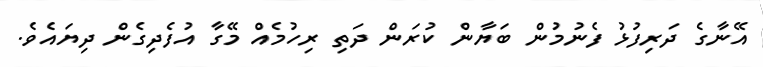
އޭނާގެ ދަރިފުޅު ފެނުމުން ބަޔާން ކުރަން ދަތި ރިހުމެއް މޭގާ އުފެދިގެން ދިޔައެވެ.